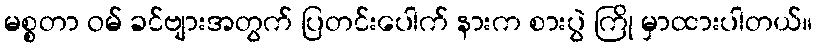
မစ္စတာ ဝမ် ခင်ဗျားအတွက် ပြတင်းပေါက် နားက စားပွဲ ကြို မှာထားပါတယ်။